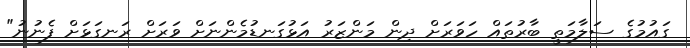
ގައުމުގެ ސަލާމަތީ ބާރުތައް ހަވަރަށް ދިން މަންޒަރު އަޅުގަނޑުމެންނަށް ވަރަށް ރަނގަޅަށް ފެނުނު"